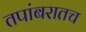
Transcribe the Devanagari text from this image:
तपांबरातच